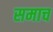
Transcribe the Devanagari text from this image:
समाच